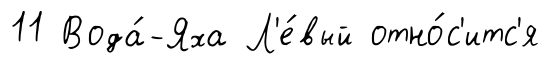
11 Вода́-Яха Л'е́вый отно́с'итс'я